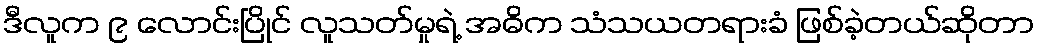
ဒီလူက ၉ လောင်းပြိုင် လူသတ်မှုရဲ့ အဓိက သံသယတရားခံ ဖြစ်ခဲ့တယ်ဆိုတာ